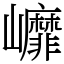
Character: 㠧